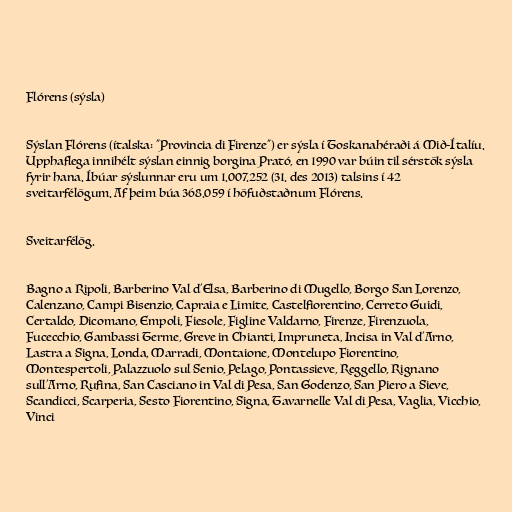
Flórens (sýsla)

Sýslan Flórens (ítalska: "Provincia di Firenze") er sýsla í Toskanahéraði á Mið-Ítalíu.
Upphaflega innihélt sýslan einnig borgina Prató, en 1990 var búin til sérstök sýsla
fyrir hana. Íbúar sýslunnar eru um 1.007.252 (31. des 2013) talsins í 42
sveitarfélögum. Af þeim búa 368.059 í höfuðstaðnum Flórens.

Sveitarfélög.

Bagno a Ripoli, Barberino Val d'Elsa, Barberino di Mugello, Borgo San Lorenzo,
Calenzano, Campi Bisenzio, Capraia e Limite, Castelfiorentino, Cerreto Guidi,
Certaldo, Dicomano, Empoli, Fiesole, Figline Valdarno, Firenze, Firenzuola,
Fucecchio, Gambassi Terme, Greve in Chianti, Impruneta, Incisa in Val d'Arno,
Lastra a Signa, Londa, Marradi, Montaione, Montelupo Fiorentino,
Montespertoli, Palazzuolo sul Senio, Pelago, Pontassieve, Reggello, Rignano
sull'Arno, Rufina, San Casciano in Val di Pesa, San Godenzo, San Piero a Sieve,
Scandicci, Scarperia, Sesto Fiorentino, Signa, Tavarnelle Val di Pesa, Vaglia, Vicchio,
Vinci